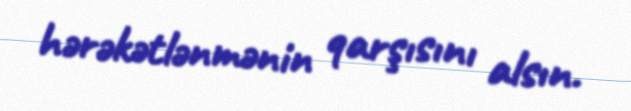
hərəkətlənmənin qarşısını alsın.